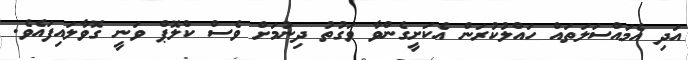
އަދި އެމައްސަލަތައް ހައްލުކުރަން އެކަށީގެންވާ ވަގުތު ދިނުމަށް ވެސް ކްލޮޕް ވަނީ ގޮވާލައިފައެވެ.